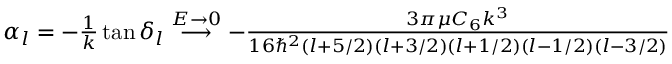
\begin{array} { r } { \alpha _ { l } = - \frac { 1 } { k } \tan \delta _ { l } \stackrel { E \rightarrow 0 } { \longrightarrow } - \frac { 3 \pi \mu C _ { 6 } k ^ { 3 } } { 1 6 \hbar ^ { 2 } ( l + 5 / 2 ) ( l + 3 / 2 ) ( l + 1 / 2 ) ( l - 1 / 2 ) ( l - 3 / 2 ) } } \end{array}